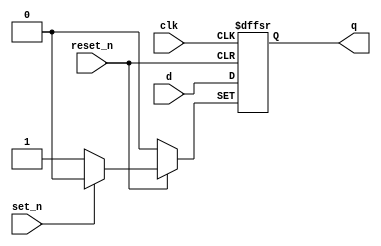
module _dff_rs_async(clk, set_n, reset_n, d, q); // this module makes asynchronous reset/set d flipflop
input clk, set_n, reset_n, d; // define input clk, set_n, reset_n, d 
output q; // define output q
reg q; // define reg q

always @(posedge clk or negedge set_n or negedge reset_n) // Run only when clk is rising edge or reset_n is falling edge or set_n is falling edge
begin // begin - end means { }
if (reset_n == 1'b0) q <= 1'b0; // reset_n is active
else if (set_n == 1'b0) q <= 1'b1; // set_n is active
else q <= d;

end

endmodule // end of module